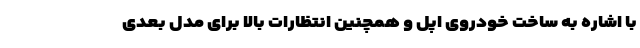
با اشاره به ساخت خودروی اپل و همچنین انتظارات بالا برای مدل بعدی